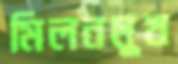
মিলনমুখ